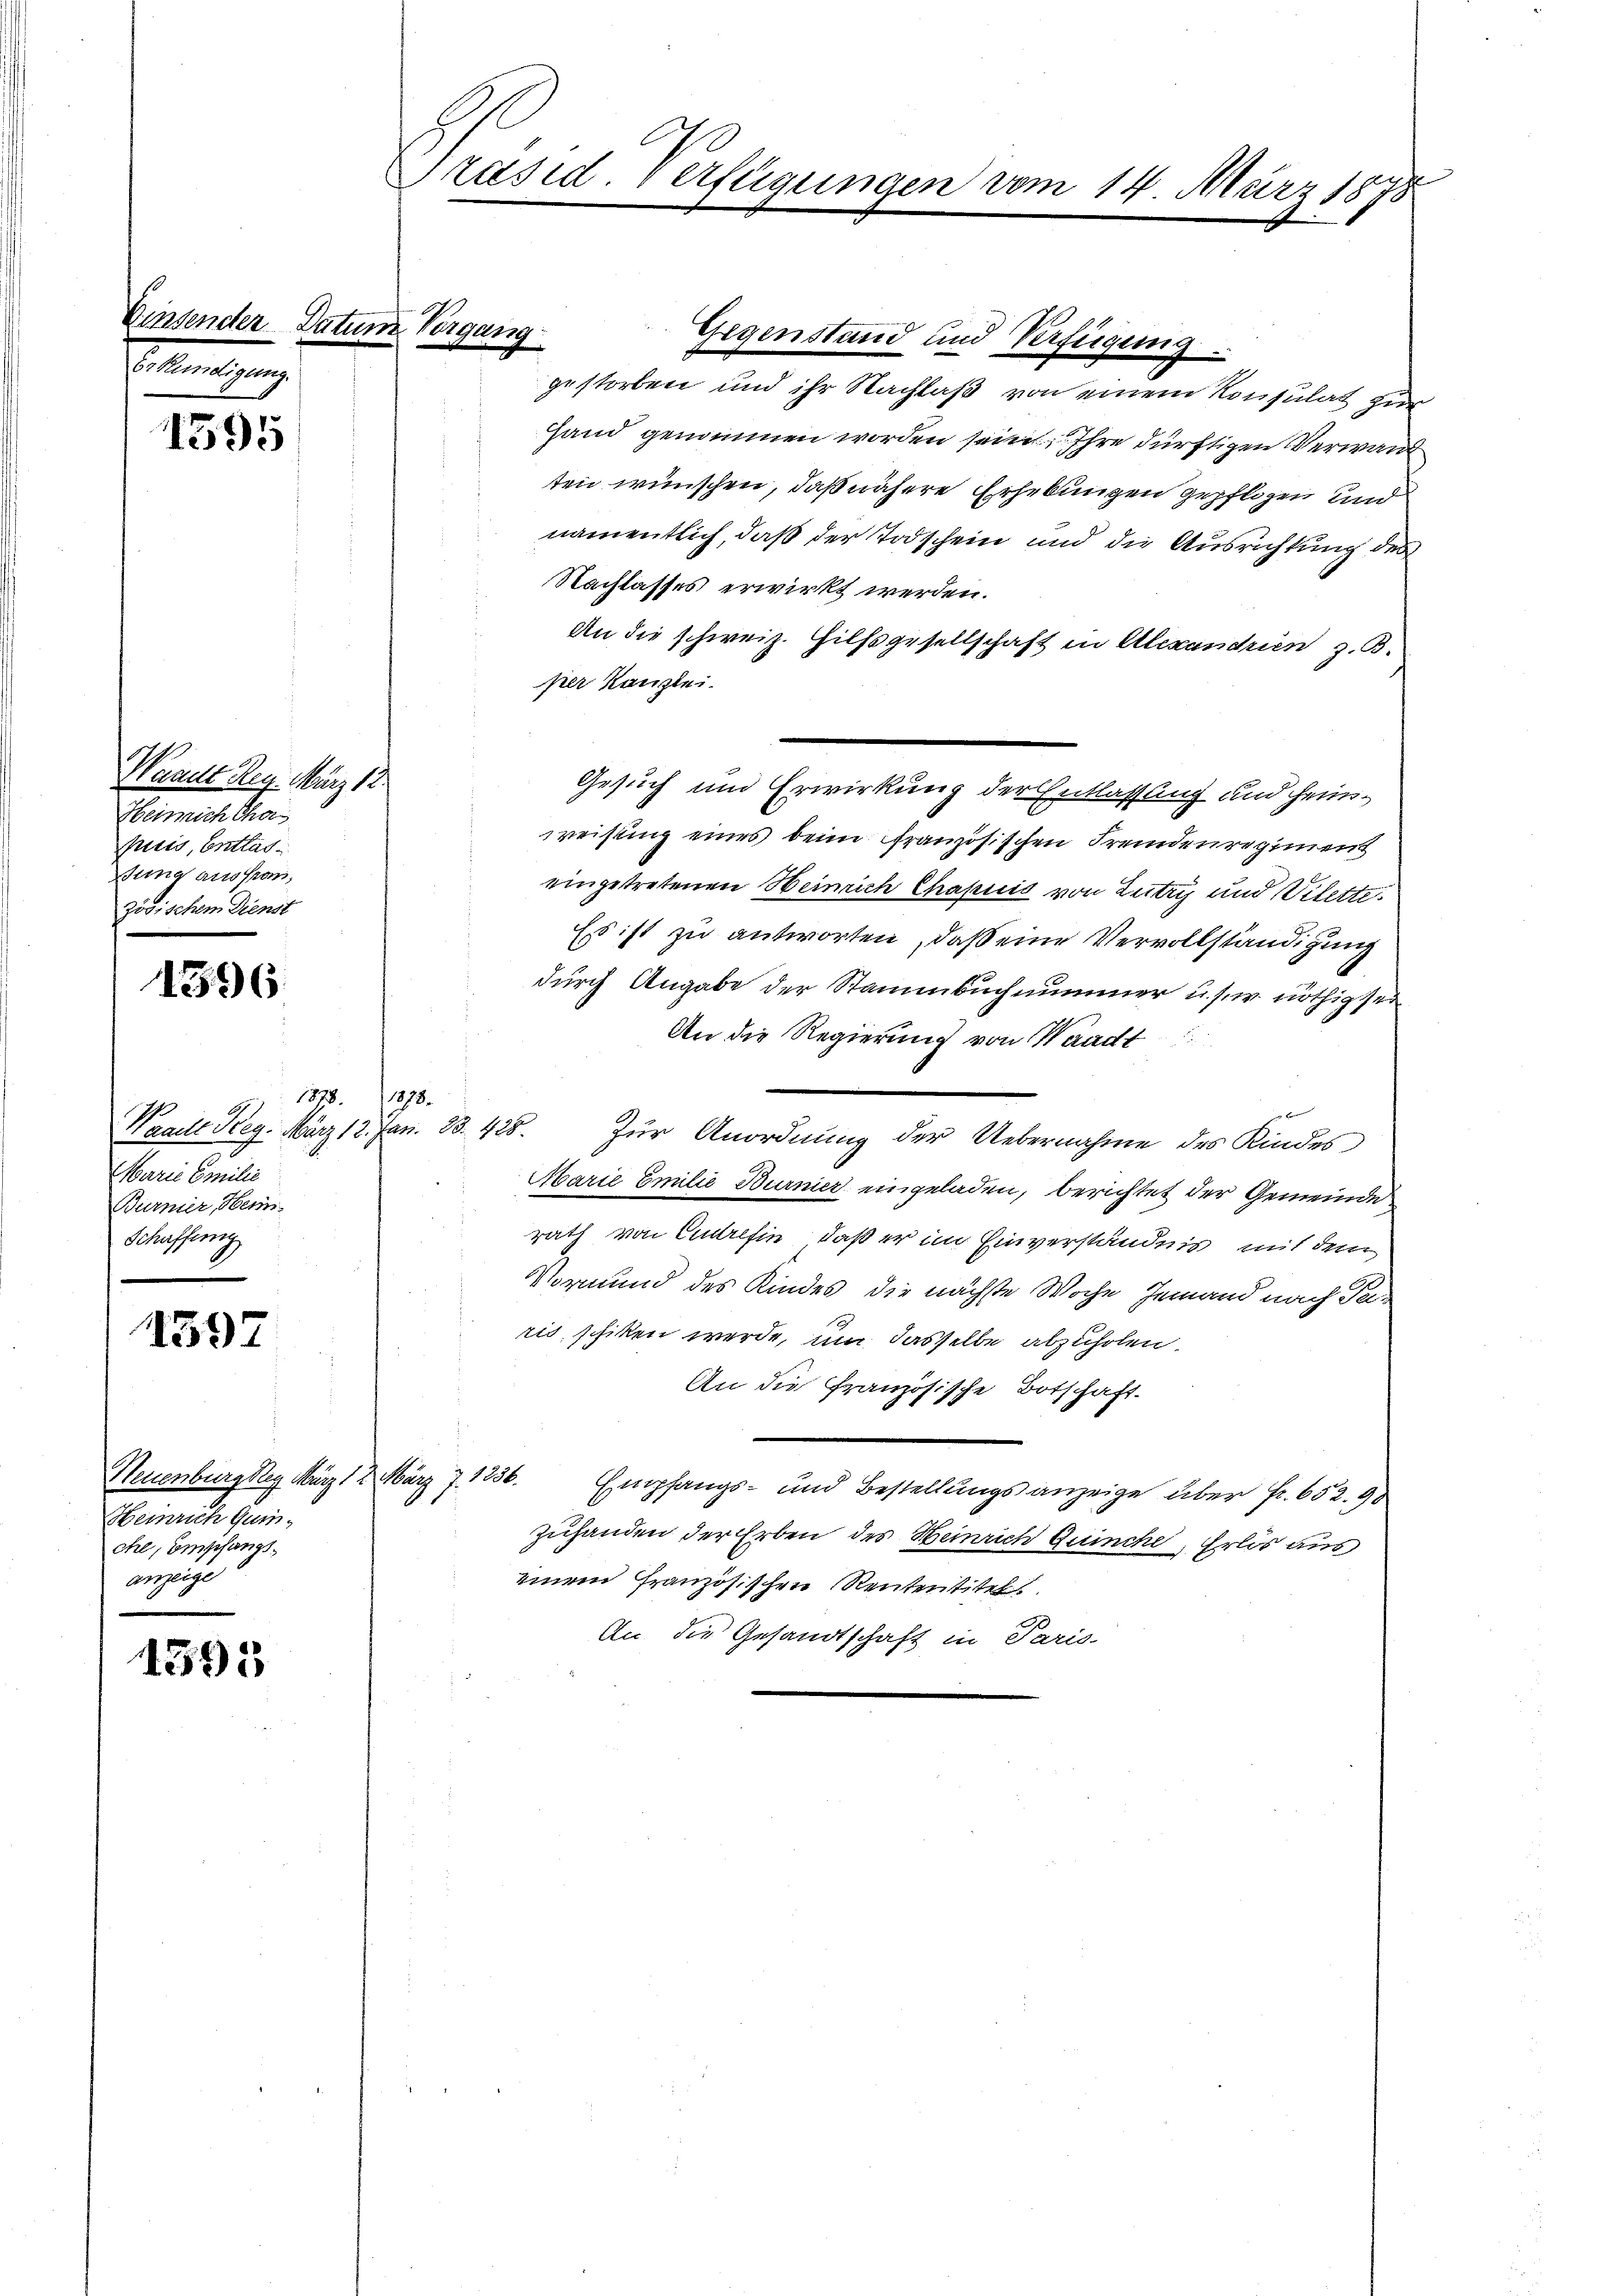
mitzung

1595

Waadt Reg. März 18
Heinrich tha
Juris, Entlas
ung ausfrau,
zösischem Dienst

1396

1878. 1878.
Waalle Reg. März 18. Jan. 80. 425.
Marie Emilie
Burnier Hein¬
Schaffung

1597

Heinrich Gumche, Empfangsanzeige

4395

Einsender Datum Vergang

Präsid. Verfügungen vom 14. März 1878

Gegenstand und Verfügung.
gestorben und ihr Nachlaß von einem Konsulat zur
Hand genommen worden sein Ihre dürftigen Verwand
ten wünschen, daß nähere Erhebungen gepflogen und
namentlich, daß der Todschein und die Ausrichtung des
Nachlasses erwirkt werden.
An die schweiz. Hilfsgesellschaft in Alexandrien z. B.
per Kanzlei.
Gesuch und Erwirkung der Entlassung und heimweisung eines beim französischen Fremdenregiment
eingetretenen Heinrich Chapuis von Zutry und Vilette.
Es ist zu antworten, daß eine Vervollständigung
durch Angabe der Stammbuchnummer u. s. w. nöthig sei
An die Regierung von Waadt

Zur Anordnung der Uebernahme des Kindes
Marie Emilie Burnier eingeladen, berichtet der Gemeinde
rath von Eintrefin, daß er im Einverständnis mit dem
Vormund des Kindes, die nächste Woche jemand nach Teris, schicken werde, um dasselbe abzuholen.
An die Französische Botschaft.
Neuenburg sey März 12 März 7. 1236. Empfangs- und Bestellungsanzeige über Fr. 652. 90
zuhanden der Erben des Heinrich Guinche, Erlös aus
einem Französischen Rententitel
An die Gesandtschaft in Paris